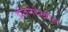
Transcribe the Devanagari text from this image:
इंजिनेदेखील